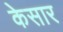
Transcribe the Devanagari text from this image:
केसार